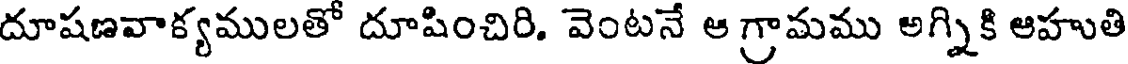
దూషణవాక్యములతో దూషించిరి. వెంటనే ఆ గ్రామము అగ్నికి ఆహుతి